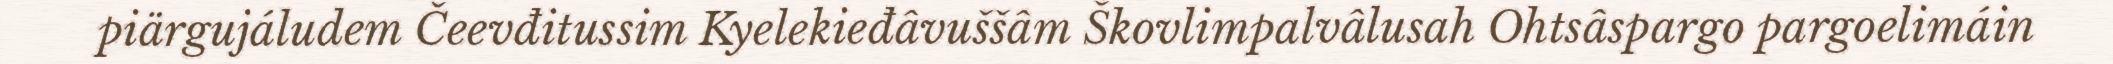
piärgujáludem Čeevđitussim Kyelekieđâvuššâm Škovlimpalvâlusah Ohtsâspargo pargoelimáin